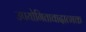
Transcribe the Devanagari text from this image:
उपयोगितावादात्मक